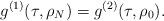
LaTeX: \begin{align*} g^{(1)}(\tau, \rho_N) = g^{(2)} (\tau,\rho_0).\end{align*}